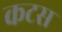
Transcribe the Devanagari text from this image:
कटस